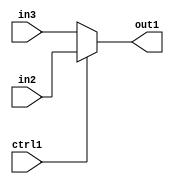
`timescale 1ps / 1ps
/*****************************************************************************
    Verilog RTL Description
    
    
    Created by: Stratus DpOpt 21.05.01 
*******************************************************************************/

module dut_N_Mux_32_2_25_4 (
	in3,
	in2,
	ctrl1,
	out1
	); /* architecture "behavioural" */ 
input [31:0] in3,
	in2;
input  ctrl1;
output [31:0] out1;
wire [31:0] asc001;

reg [31:0] asc001_tmp_0;
assign asc001 = asc001_tmp_0;
always @ (ctrl1 or in2 or in3) begin
	case (ctrl1)
		1'B1 : asc001_tmp_0 = in2 ;
		default : asc001_tmp_0 = in3 ;
	endcase
end

assign out1 = asc001;
endmodule

/* CADENCE  uLT5SQk= : u9/ySxbfrwZIxEzHVQQV8Q== ** DO NOT EDIT THIS LINE ******/